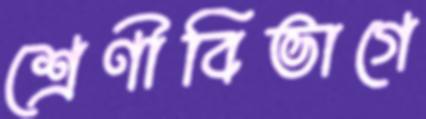
শ্রেণীবিভাগে